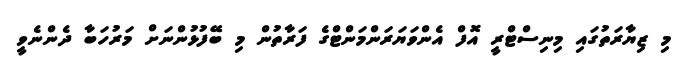
މި ޒިޔާރަތުގައި މިނިސްޓްރީ އޮފް އެންވަޔަރަންމަންޓްގެ ފަރާތުން މި ބޭފުޅުންނަށް މަރުހަބާ ދެންނެވީ